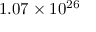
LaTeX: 1 . 0 7 \times 1 0 ^ { 2 6 }